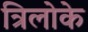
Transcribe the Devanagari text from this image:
त्रिलोके